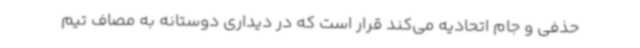
حذفی و جام اتحادیه می‌کند قرار است که در دیداری دوستانه به مصاف تیم